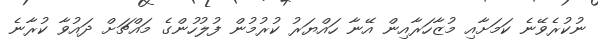
ނުކުރެވޭނެ ކަމަށާއި މުޒާހަރާއިން އޭނާ ހައްޔަރު ކުރުމުން ފުލުހުންގެ މައްޗަށް ދައުވާ ކުރާނެ